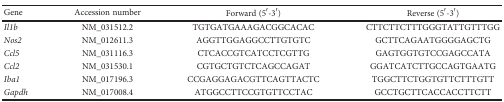
<table><thead><tr><td><b>Gene</b></td><td><b>Accession number</b></td><td><b>Forward (5′-3′)</b></td><td><b>Reverse (5′-3′)</b></td></tr></thead><tbody><tr><td><i>Il1b</i></td><td>NM_031512.2</td><td>TGTGATGAAAGACGGCACAC</td><td>CTTCTTCTTTGGGTATTGTTTGG</td></tr><tr><td><i>Nos2</i></td><td>NM_012611.3</td><td>AGGTTGGAGGCCTTGTGTC</td><td>GCTTCAGAATGGGGAGCTG</td></tr><tr><td><i>Ccl5</i></td><td>NM_031116.3</td><td>CTCACCGTCATCCTCGTTG</td><td>GAGTGGTGTCCGAGCCATA</td></tr><tr><td><i>Ccl2</i></td><td>NM_031530.1</td><td>CGTGCTGTCTCAGCCAGAT</td><td>GGATCATCTTGCCAGTGAATG</td></tr><tr><td><i>Iba1</i></td><td>NM_017196.3</td><td>CCGAGGAGACGTTCAGTTACTC</td><td>TGGCTTCTGGTGTTCTTTGTT</td></tr><tr><td><i>Gapdh</i></td><td>NM_017008.4</td><td>ATGGCCTTCCGTGTTCCTAC</td><td>GCCTGCTTCACCACCTTCTT</td></tr></tbody></table>